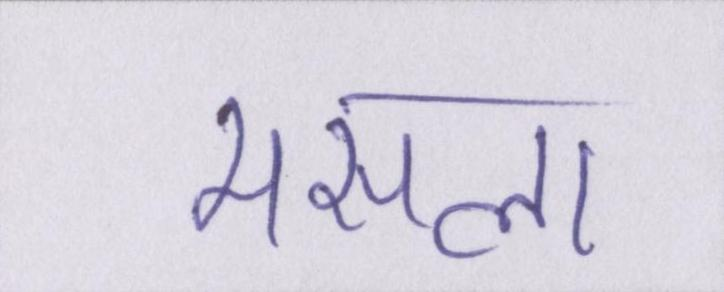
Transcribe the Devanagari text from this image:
मसला